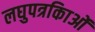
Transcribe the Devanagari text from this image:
लघुपत्रकिाओं